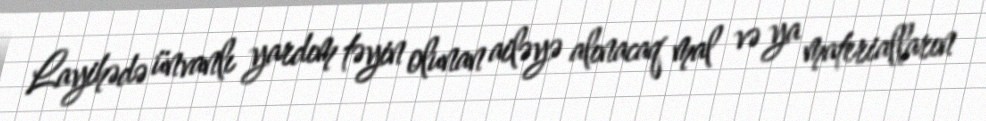
Layihədə ünvanlı yardım təyin olunan ailəyə alınacaq mal və ya materialların